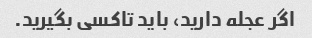
اگر عجله دارید، باید تاکسی بگیرید.